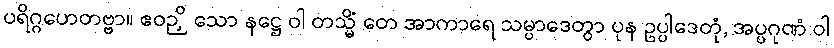
ပရိဂ္ဂဟေတဗ္ဗာ။ ဧဝဉှိ သော နဋ္ဌေ ဝါ တသ္မိံ တေ အာကာရေ သမ္ပာဒေတွာ ပုန ဥပ္ပါဒေတုံ, အပ္ပဂုဏံ ဝါ